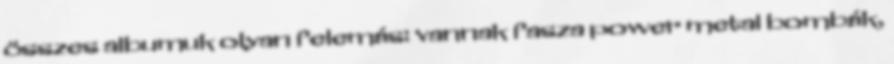
összes albumuk olyan felemás: vannak fasza power metal bombák,